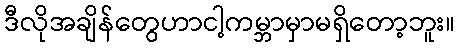
ဒီလိုအချိန်တွေဟာငါ့ကမ္ဘာမှာမရှိတော့ဘူး။